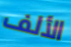
الألف